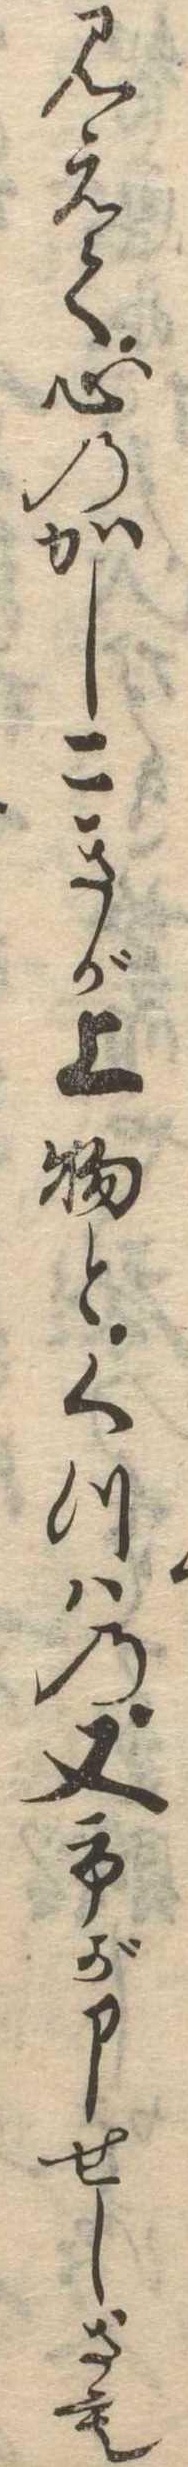
見えて心のかしこきが上物とくつはの又市が申せしさも